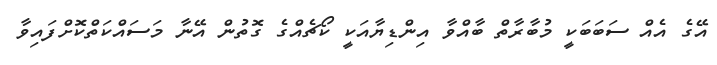
އޭގެ އެއް ސަބަބަކީ މުބާރާތް ބާއްވާ އިންޑިޔާއަކީ ކޯޗެއްގެ ގޮތުން އޭނާ މަސައްކަތްކޮށްފައިވާ